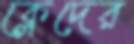
ক্লেদের